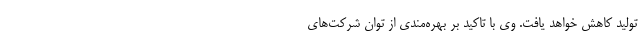
تولید کاهش خواهد یافت. وی با تاکید بر بهره‌مندی از توان شرکت‌های